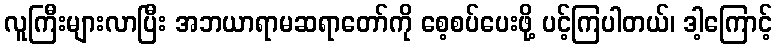
လူကြီးများလာပြီး အဘယာရာမဆရာတော်ကို စေ့စပ်ပေးဖို့ ပင့်ကြပါတယ်၊ ဒါ့ကြောင့်